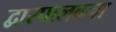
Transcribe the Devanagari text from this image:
द्वारपालबना